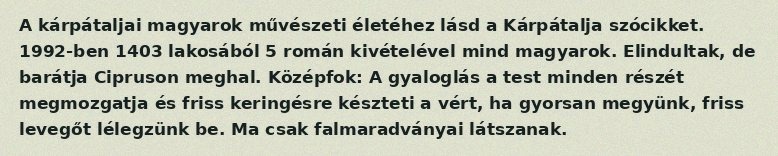
A kárpátaljai magyarok művészeti életéhez lásd a Kárpátalja szócikket. 1992-ben 1403 lakosából 5 román kivételével mind magyarok. Elindultak, de barátja Cipruson meghal. Középfok: A gyaloglás a test minden részét megmozgatja és friss keringésre készteti a vért, ha gyorsan megyünk, friss levegőt lélegzünk be. Ma csak falmaradványai látszanak.